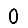
Digit: 0